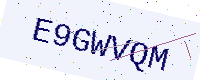
Text: E9GWVQM